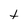
Character: t